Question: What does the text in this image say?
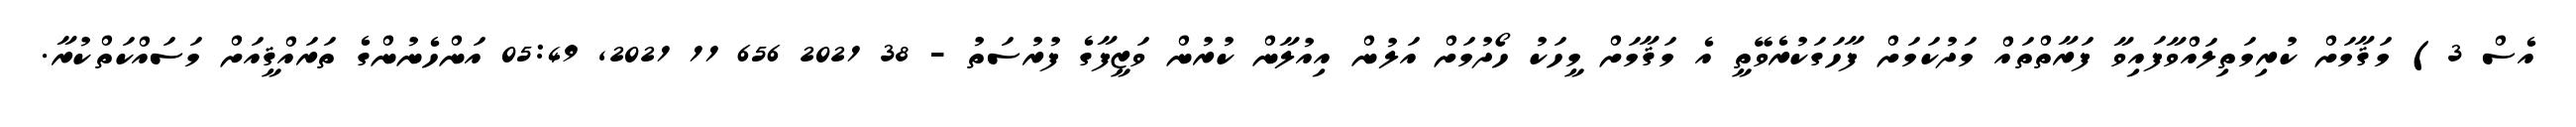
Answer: އެސް 3) މަޤާމަށް ކުރިމަތިލައްވާފައިވާ ފަރާތްތައް މަދުކަމަށް ފާހަގަކުރެވޭތީ އެ މަޤާމަށް މީހަކު ހޯދުމަށް އަލުން އިއުލާން ކުރުން ވަޒީފާގެ ފުރުސަތު - 38 2021 656 11 2021, 05:49 އަންހެނުންގެ ތަރައްޤީއަށް މަސައްކަތްކުރާ.